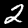
Digit: 2